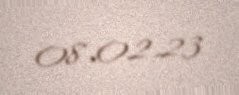
08.02.23